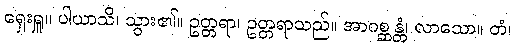
ရှေးရှူ။ ပါယာသိ၊ သွား၏။ ဥတ္တရာ၊ ဥတ္တရာသည်။ အာဂစ္ဆန္တံ၊ လာသော။ တံ၊